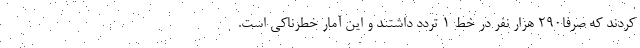
کردند که صرفا۲۹۰ هزار نفر در خط ۱ تردد داشتند و این آمار خطرناکی است.